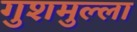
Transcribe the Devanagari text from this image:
गुशमुल्ला